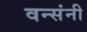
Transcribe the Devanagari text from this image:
वन्संनी